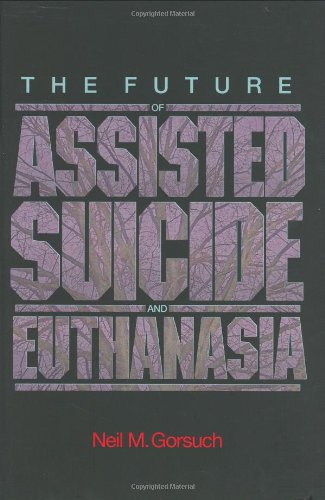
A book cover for The Future of Assisted Suicide and Euthanasia (New Forum Books); Neil M. Gorsuch; Law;